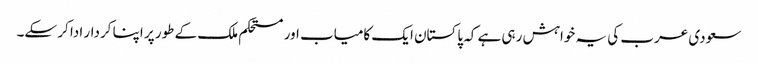
سعودی عرب کی یہ خواہش رہی ہے کہ پاکستان ایک کامیاب اور مستحکم ملک کے طور پر اپنا کردار ادا کر سکے۔